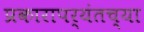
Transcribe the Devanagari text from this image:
प्रकारापर्यंतच्या